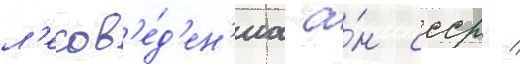
л'есов'е́д'ен'иа а́н ссср /